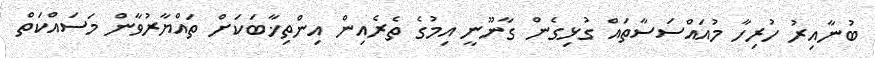
ބުނާއިރު ހުރިހާ މުއައްސަސާތައް ގުޅިގެން ގާނޫނީ އިމުގެ ތެރެއިން އިންތިޚާބަކަށް ތައްޔާރުވާން މަސައްކަތް